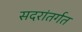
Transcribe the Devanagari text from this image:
सदरांतर्गत